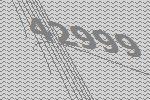
42999